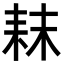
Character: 𮋥